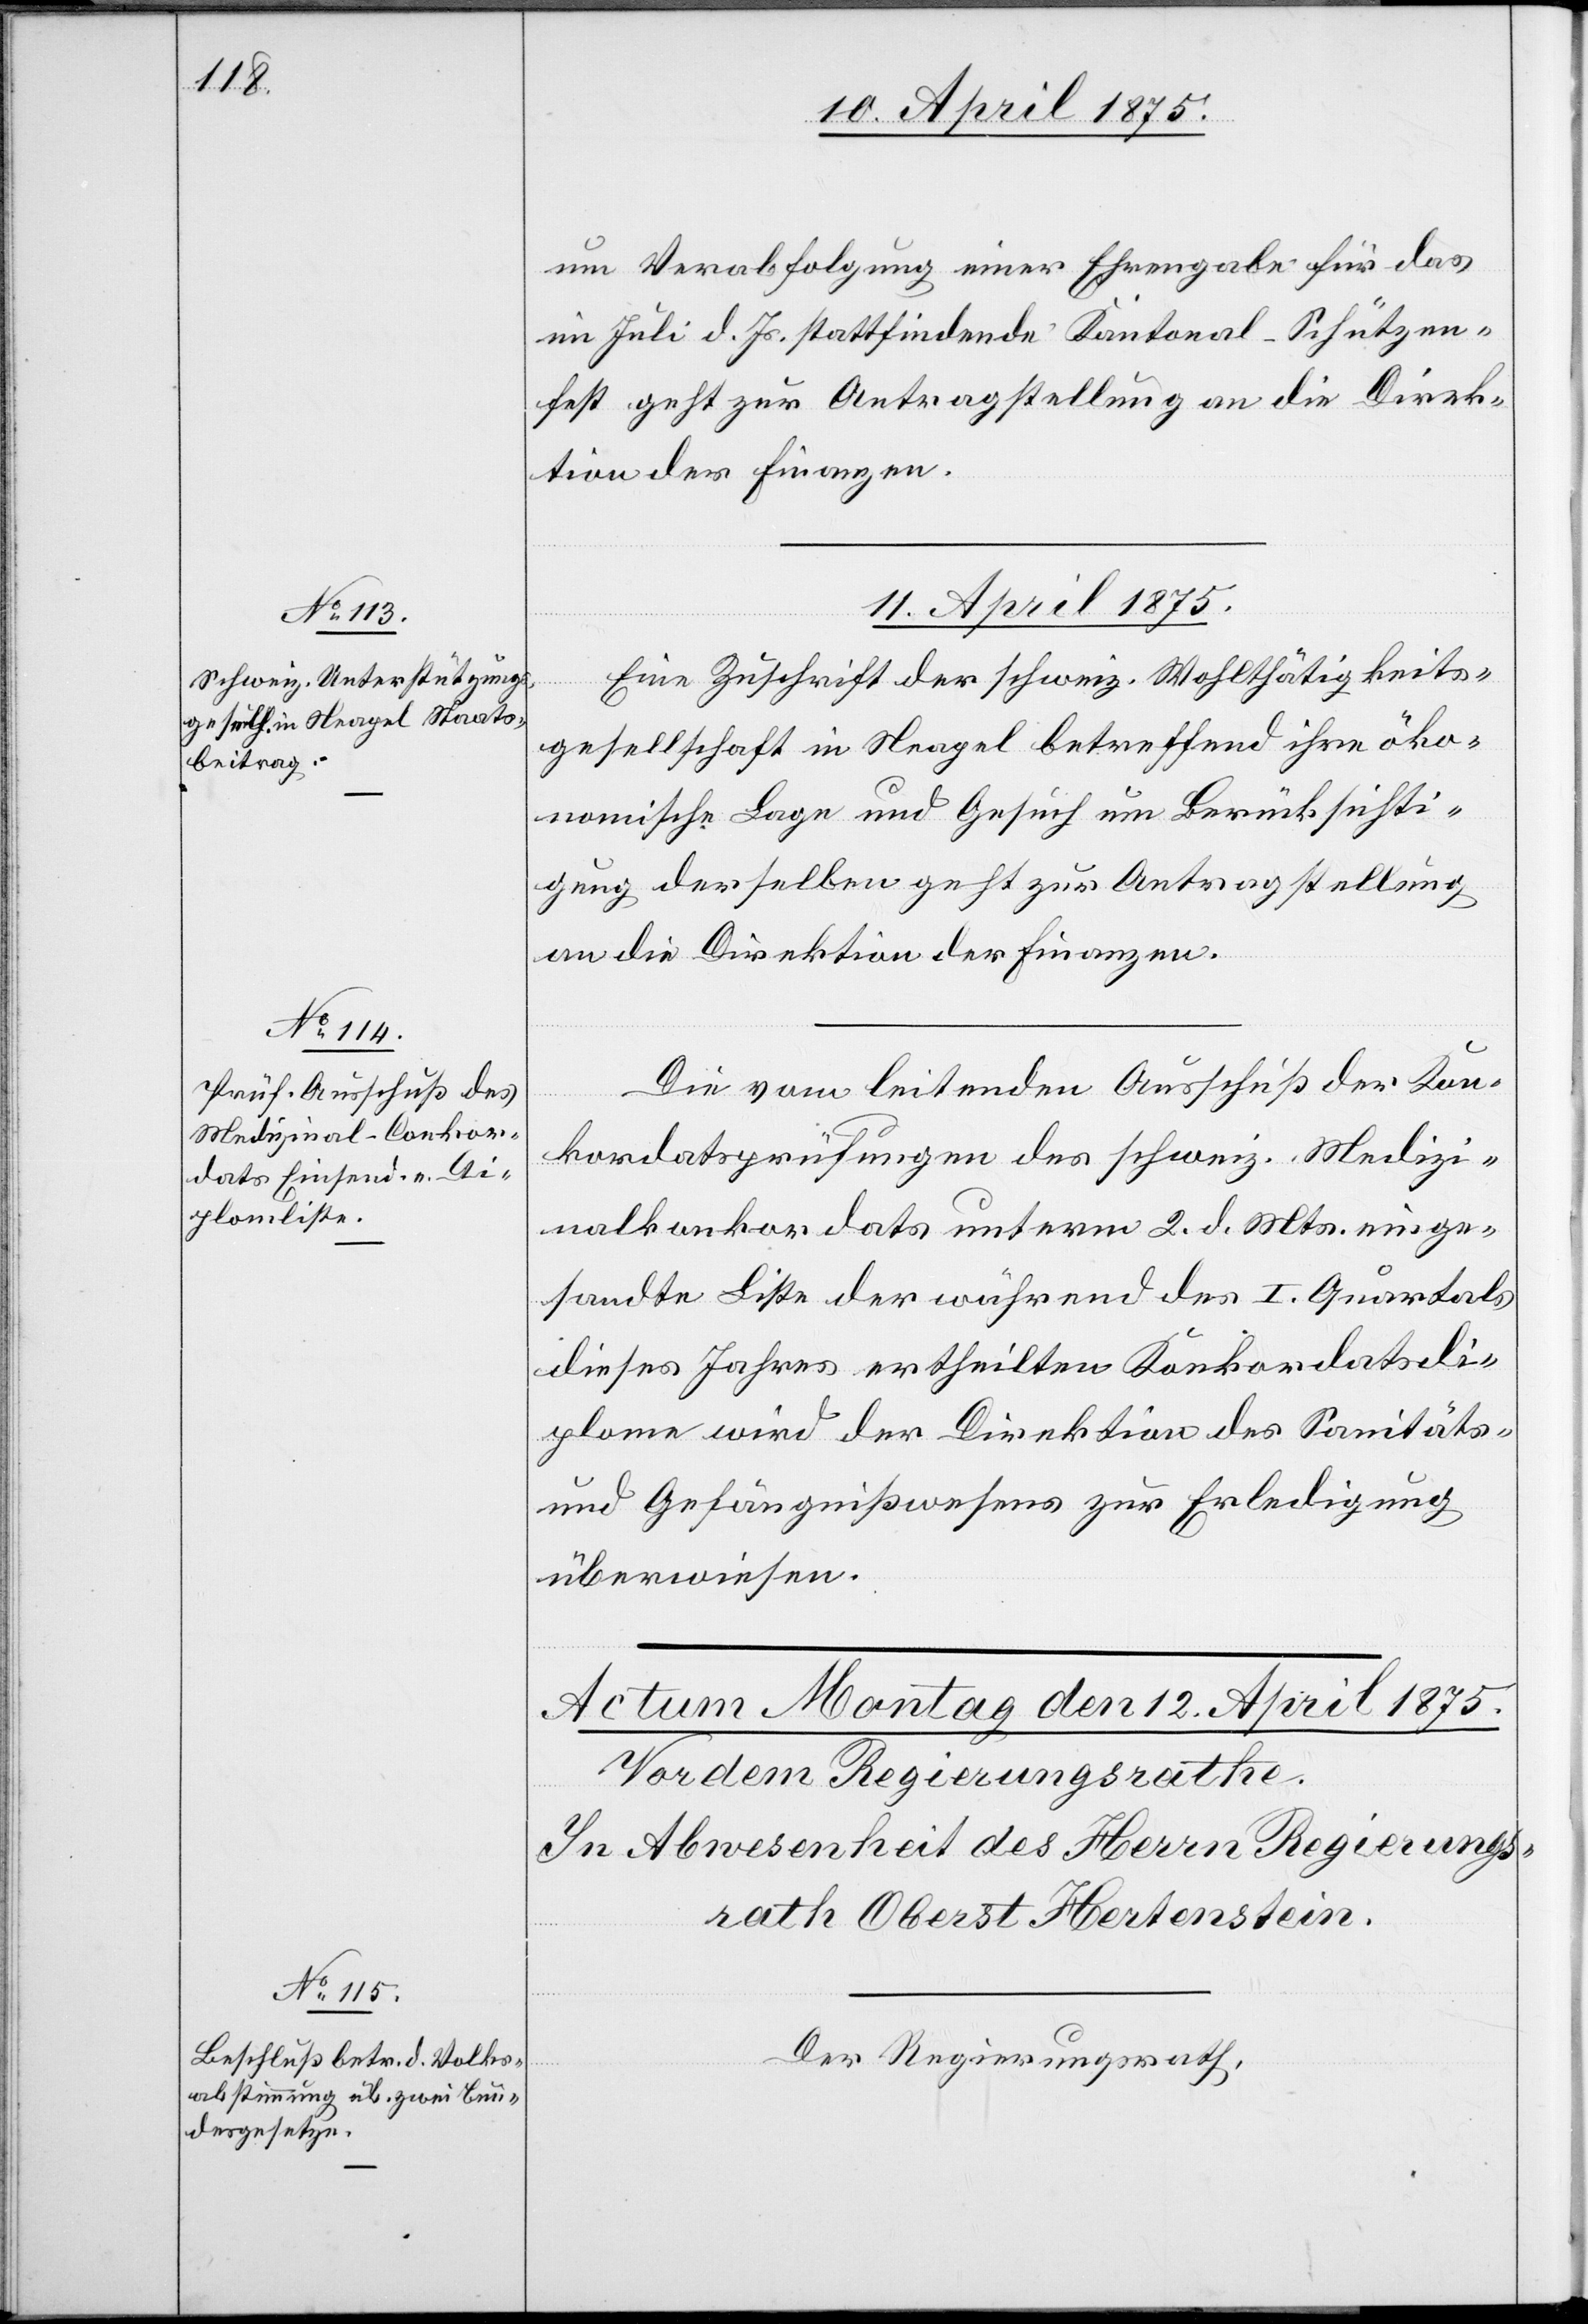
um Verabfolgung einer Ehrengabe für das
im Juli d. Js. stattfindende Kantonal-Schützen¬
fest geht zur Antragstellung an die Direk¬
tion der Finanzen.
11. April 1875.]
Eine Zuschrift der schweiz. Wohltätigkeits¬
gesellschaft in Neapel betreffend ihre öko¬
nomische Lage und Gesuch um Berücksichti¬
gung derselben geht zur Antragstellung
an die Direktion der Finanzen.
Die vom leitenden Ausschuß der Kon¬
kordatsprüfungen des schweiz. Medizi¬
nalkonkordats unterm 2. d. Mts. einge¬
sandte Liste der während des I. Quartals
dieses Jahres ertheilten Konkordatsdi¬
plome wird der Direktion des Sanitäts-
und Gefängnißwesens zur Erledigung
überwiesen.